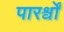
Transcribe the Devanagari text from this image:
पारर्श्वों